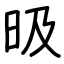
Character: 昅